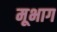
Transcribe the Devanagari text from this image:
मूभाग